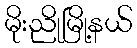
မိုးညိုမြို့နယ်